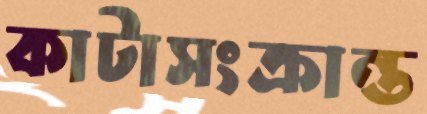
কাটাসংক্রান্ত